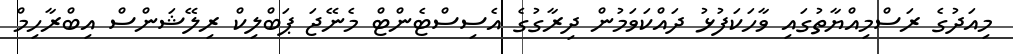
މިއަދުގެ ރަސްމިއްޔާތުގައި ވާހަކަފުޅު ދައްކަވަމުން ދިރާގުގެ އެސިސްޓެންޓް މެނޭޖަ ޕަބްލިކް ރިލޭޝަންސް އިބްރާހިމް